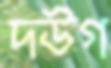
দউগ